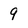
Character: 9